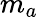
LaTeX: m_{a}